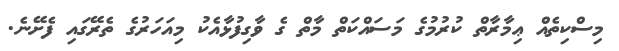
މިސްކިތެއް ޢިމާރާތް ކުރުމުގެ މަސައްކަތް މާތް ގެ ވާގިފުޅާއެކު މިއަހަރުގެ ތެރޭގައި ފެށޭނެ.